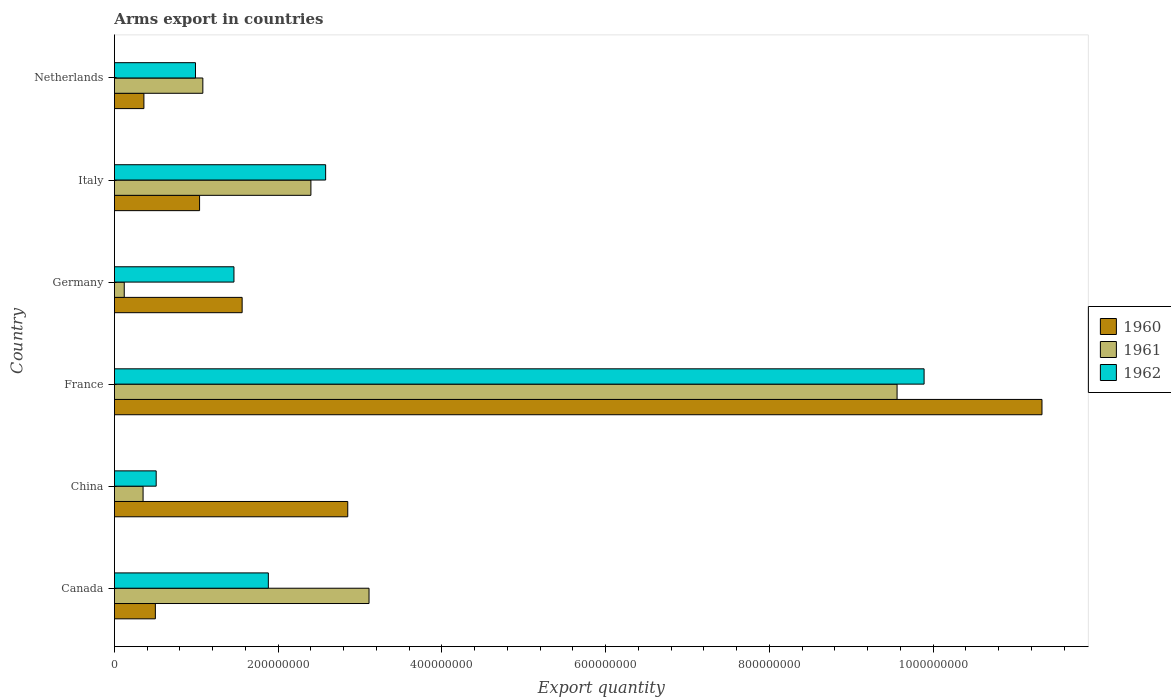
| Country | 1960 | 1961 | 1962 |
 | --- | --- | --- | --- |
 | Canada | 5e+07 | 3.11e+08 | 1.88e+08 |
 | China | 2.85e+08 | 3.5e+07 | 5.1e+07 |
 | France | 1.13e+09 | 9.56e+08 | 9.89e+08 |
 | Germany | 1.56e+08 | 1.2e+07 | 1.46e+08 |
 | Italy | 1.04e+08 | 2.4e+08 | 2.58e+08 |
 | Netherlands | 3.6e+07 | 1.08e+08 | 9.9e+07 |